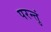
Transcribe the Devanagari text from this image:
परन्तुं